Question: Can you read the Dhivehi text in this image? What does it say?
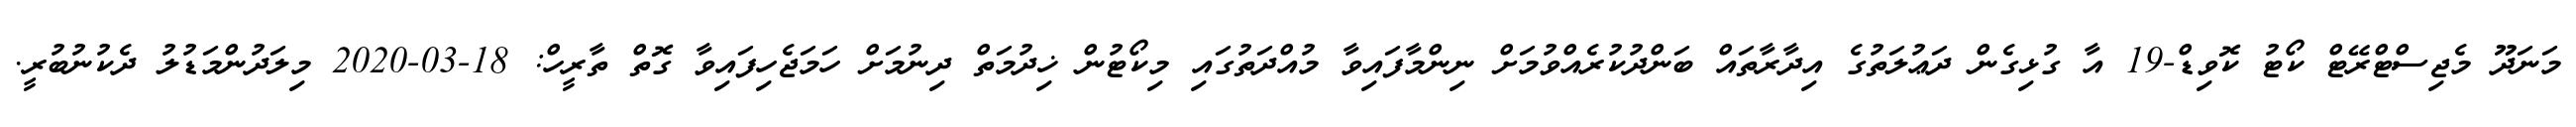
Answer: މަނަދޫ މެޖިސްޓްރޭޓް ކޯޓު ކޮވިޑް-19 އާ ގުޅިގެން ދަޢުލަތުގެ އިދާރާތައް ބަންދުކުރެއްވުމަށް ނިންމާފައިވާ މުއްދަތުގައި މިކޯޓުން ޚިދުމަތް ދިނުމަށް ހަމަޖެހިފައިވާ ގޮތް ތާރީހް: 18-03-2020 މިލަދުންމަޑުލު ދެކުނުބުރީ.